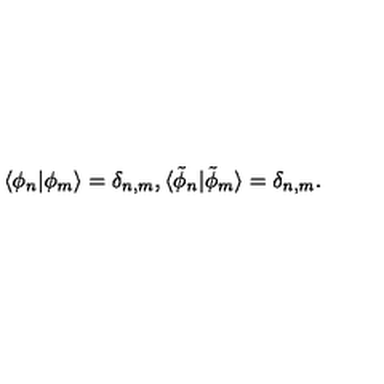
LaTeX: \langle \phi _ { n } | \phi _ { m } \rangle = \delta _ { n , m } , \langle { \tilde { \phi } } _ { n } | { \tilde { \phi } } _ { m } \rangle = \delta _ { n , m } .